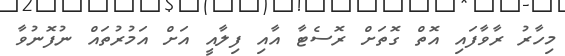
މިހާރު ރާވާފައި އޮތް ގޮތަށް ރޮސެޓާ އާއި ފިލާއީ އަށް އަމުރުތައް ނުފޮނުވާ